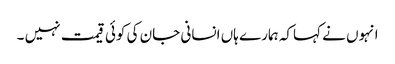
انہوں نے کہاکہ ہمارے ہاں انسانی جان کی کوئی قیمت نہیں ۔